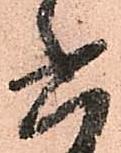
六